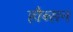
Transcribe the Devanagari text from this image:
हौब्सन